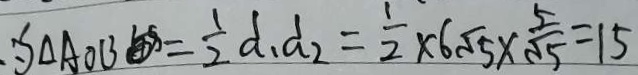
\Delta A O B = \frac { 1 } { 2 } d . d _ { 2 } = \frac { 1 } { 2 } \times 6 \sqrt { 5 } \times \frac { 5 } { \sqrt { 5 } } = 1 5